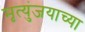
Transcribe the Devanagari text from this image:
मृत्युंजयाच्या